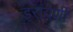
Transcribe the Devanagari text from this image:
डरावणी